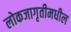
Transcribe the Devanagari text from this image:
लोकजागृतीमधील